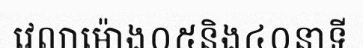
វេលាម៉ោង០៥និង៤០នាទី